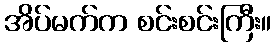
အိပ်မက်က စင်းစင်းကြီး။